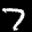
Label: 7